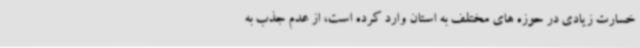
خسارت زیادی در حوزه های مختلف به استان وارد کرده است، از عدم جذب به